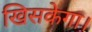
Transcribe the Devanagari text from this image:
खिसकेगा।